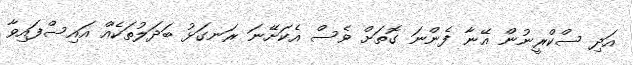
އަދި ސްކްރީނުން އޭނާ ފެންނަ ގޮތަށް ވެސް އެކަށޭނަ ރަނގަޅު ބަދަލުތަކެއް އައިސްފައިވާ